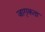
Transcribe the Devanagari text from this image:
जागृकता